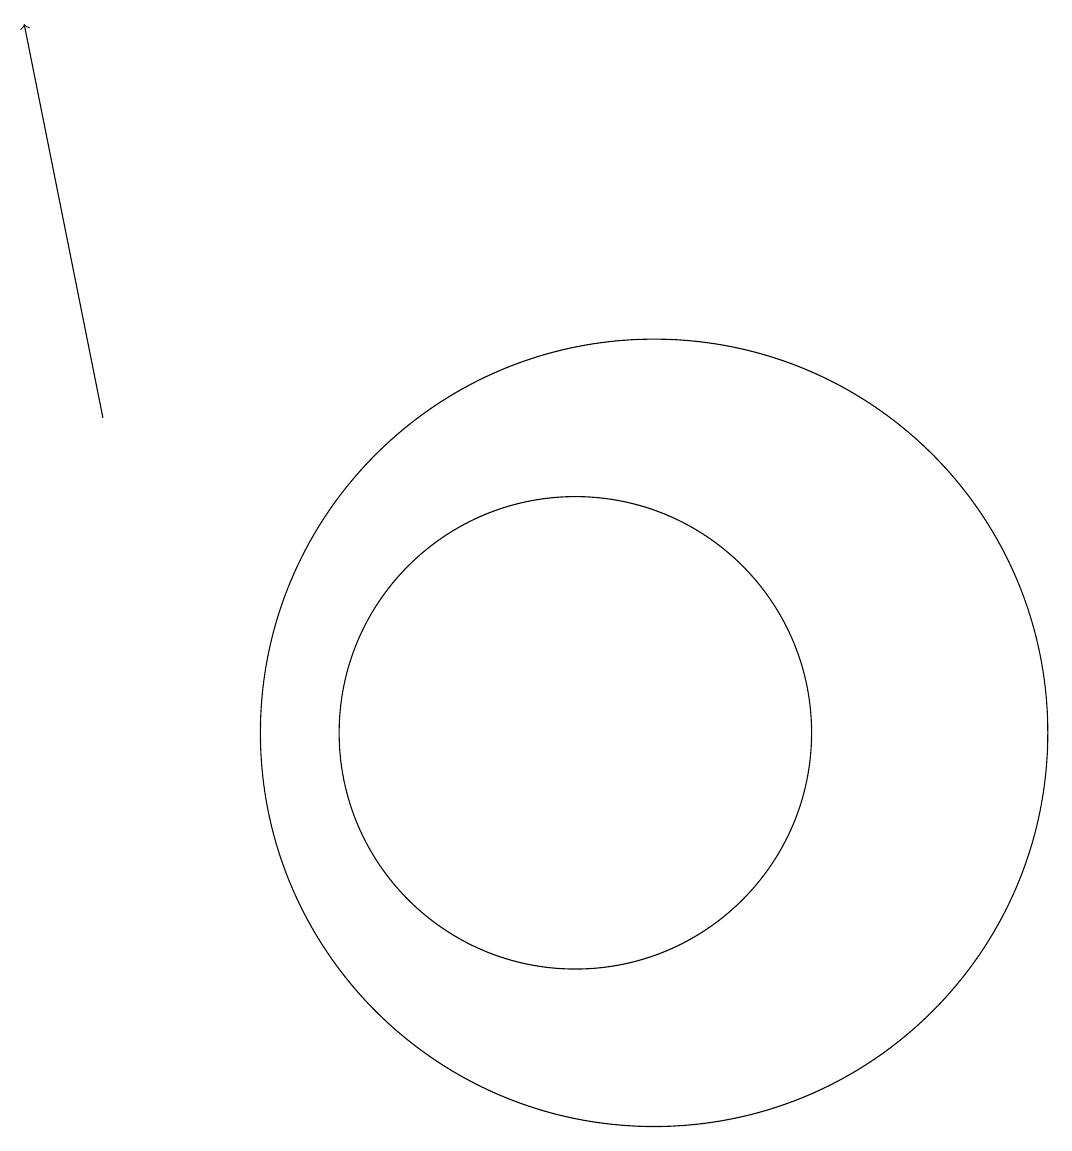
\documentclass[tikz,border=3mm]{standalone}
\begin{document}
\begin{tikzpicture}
\draw[->] (4,14) -- (3,19);
\draw (11,10) circle (5);
\draw (10,10) circle (3);
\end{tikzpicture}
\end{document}